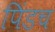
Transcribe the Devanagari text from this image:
पिंडच